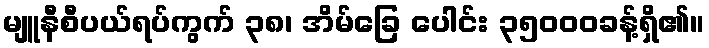
မျူနီစီပယ်ရပ်ကွက် ၃၈၊ အိမ်ခြေ ပေါင်း ၃၅၀၀၀ခန့်ရှိ၏။